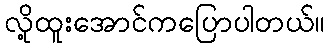
လို့ထူးအောင်ကပြောပါတယ်။